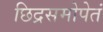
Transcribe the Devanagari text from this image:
छिद्रसमोपेतं